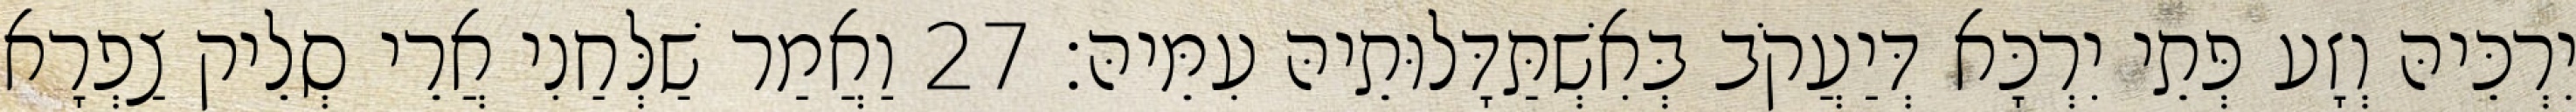
יִרְכֵּיהּ וְזָע פְּתֵי יִרְכָּא דְּיַעֲקֹב בְּאִשְׁתַּדָּלוּתֵיהּ עִמֵּיהּ׃ 27 וַאֲמַר שַׁלְּחַנִי אֲרֵי סְלֵיק צַפְרָא